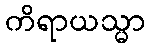
ကိရာယသ္မာ